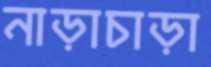
নাড়াচাড়া